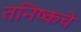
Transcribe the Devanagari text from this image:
तनिष्कचे